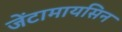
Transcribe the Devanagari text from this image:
जेंटामायसिन